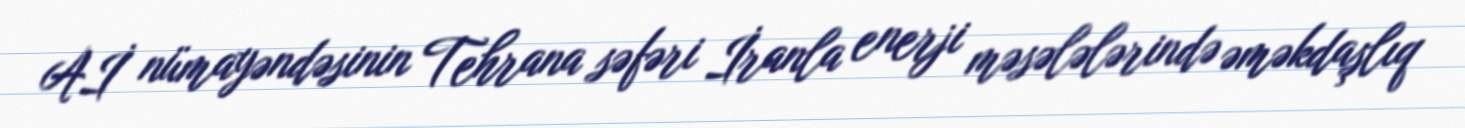
Aİ nümayəndəsinin Tehrana səfəri İranla enerji məsələlərində əməkdaşlıq